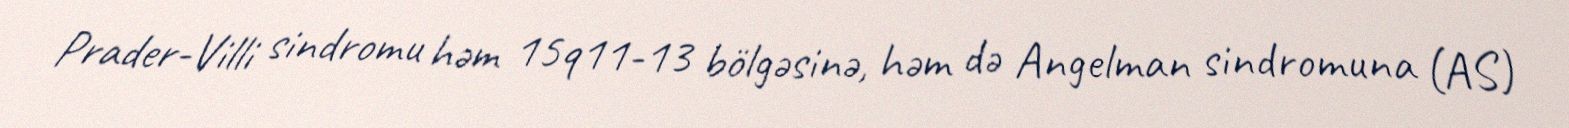
Prader-Villi sindromu həm 15q11-13 bölgəsinə, həm də Angelman sindromuna (AS)